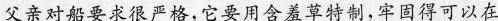
父亲对船要求很严格,它要用含羞草特制,牢固得可以在